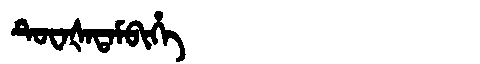
Manchu: ᡨᡠᠸᠠᡧᠠᡨᠠᠮᠪᡳᡥᡝ
Romanization: TUWAŠATAMBIHE